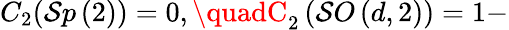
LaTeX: C_{2}(\mathcal{S}p\left(2\right))=0,\quadC_{2}\left(\mathcal{S}O\left(d,2\right)\right)=1-